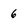
Character: 6